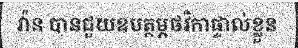
វ៉ាន បានជួយឧបត្ថម្ភថវិកាផ្ទាល់ខ្លួន